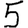
Digit: 5